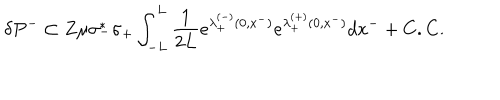
LaTeX: \delta P ^ { - } \subset Z \mu \sigma _ { - } ^ { * } \sigma _ { + } \int _ { - L } ^ { L } { \frac { 1 } { 2 L } } e ^ { \lambda _ { + } ^ { ( - ) } ( 0 , x ^ { - } ) } e ^ { \lambda _ { + } ^ { ( + ) } ( 0 , x ^ { - } ) } d x ^ { - } + C . C .